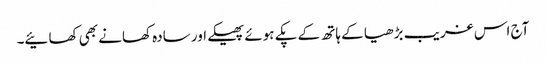
آج اس غریب بڑھیا کے ہاتھ کے پکے ہوئے پھیکے اور سادہ کھانے بھی کھائیے۔